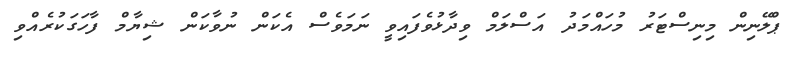
ޕްލޭނިން މިނިސްޓަރު މުހައްމަދު އަސްލަމް ވިދާޅުވެފައިވީ ނަމަވެސް އެކަން ނުވާކަން ޝިޔާމް ފާހަގަކުރެއްވި